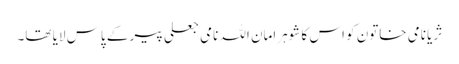
ثریا نامی خاتون کو اس کا شوہرامان اللہ نامی جعلی پیر کے پاس لایا تھا۔